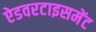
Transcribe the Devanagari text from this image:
ऐडवरटाइसमेंट